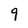
Character: 9